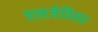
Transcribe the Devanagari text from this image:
एलजेवियर